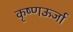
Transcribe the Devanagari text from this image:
कृष्णऊर्जा